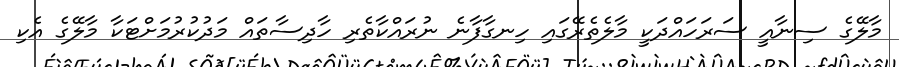
މާލޭގެ ސިނާއީ ސަރަހައްދަކީ މާލެތެރޭގައި ހިނގާފާނެ ނުރައްކާތެރި ހާދިސާތައް މަދުކުރުމަށްޓަކާ މާލޭގެ އެކި